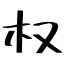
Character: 权